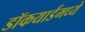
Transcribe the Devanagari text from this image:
डॉकयार्डमध्ये